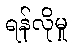
ရန်လိုမှု